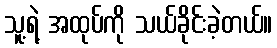
သူ့ရဲ့ အထုပ်ကို သယ်ခိုင်းခဲ့တယ်။